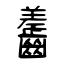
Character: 齹